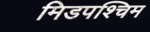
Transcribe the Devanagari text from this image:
मिडपश्चिम